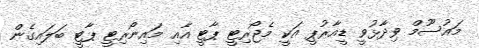
މައުސޫމް ވިދާޅުވީ ޑީއާރުޕީ އަކީ މެޖޯރިޓީ ޕާޓީ އާއި މައިނޯރިޓީ ޕާޓީ ބަލައިގެން